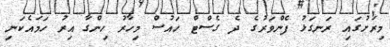
މިރަށުގައި ރަނގަޅު ފެންވަރުގެ ދެ ގެސްޓް ހައުސް މިހާރު ހިންގާ އިރު ހަމައެކަނި